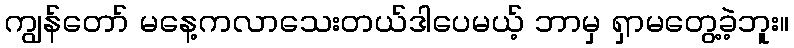
ကျွန်တော် မနေ့ကလာသေးတယ်ဒါပေမယ့် ဘာမှ ရှာမတွေ့ခဲ့ဘူး။